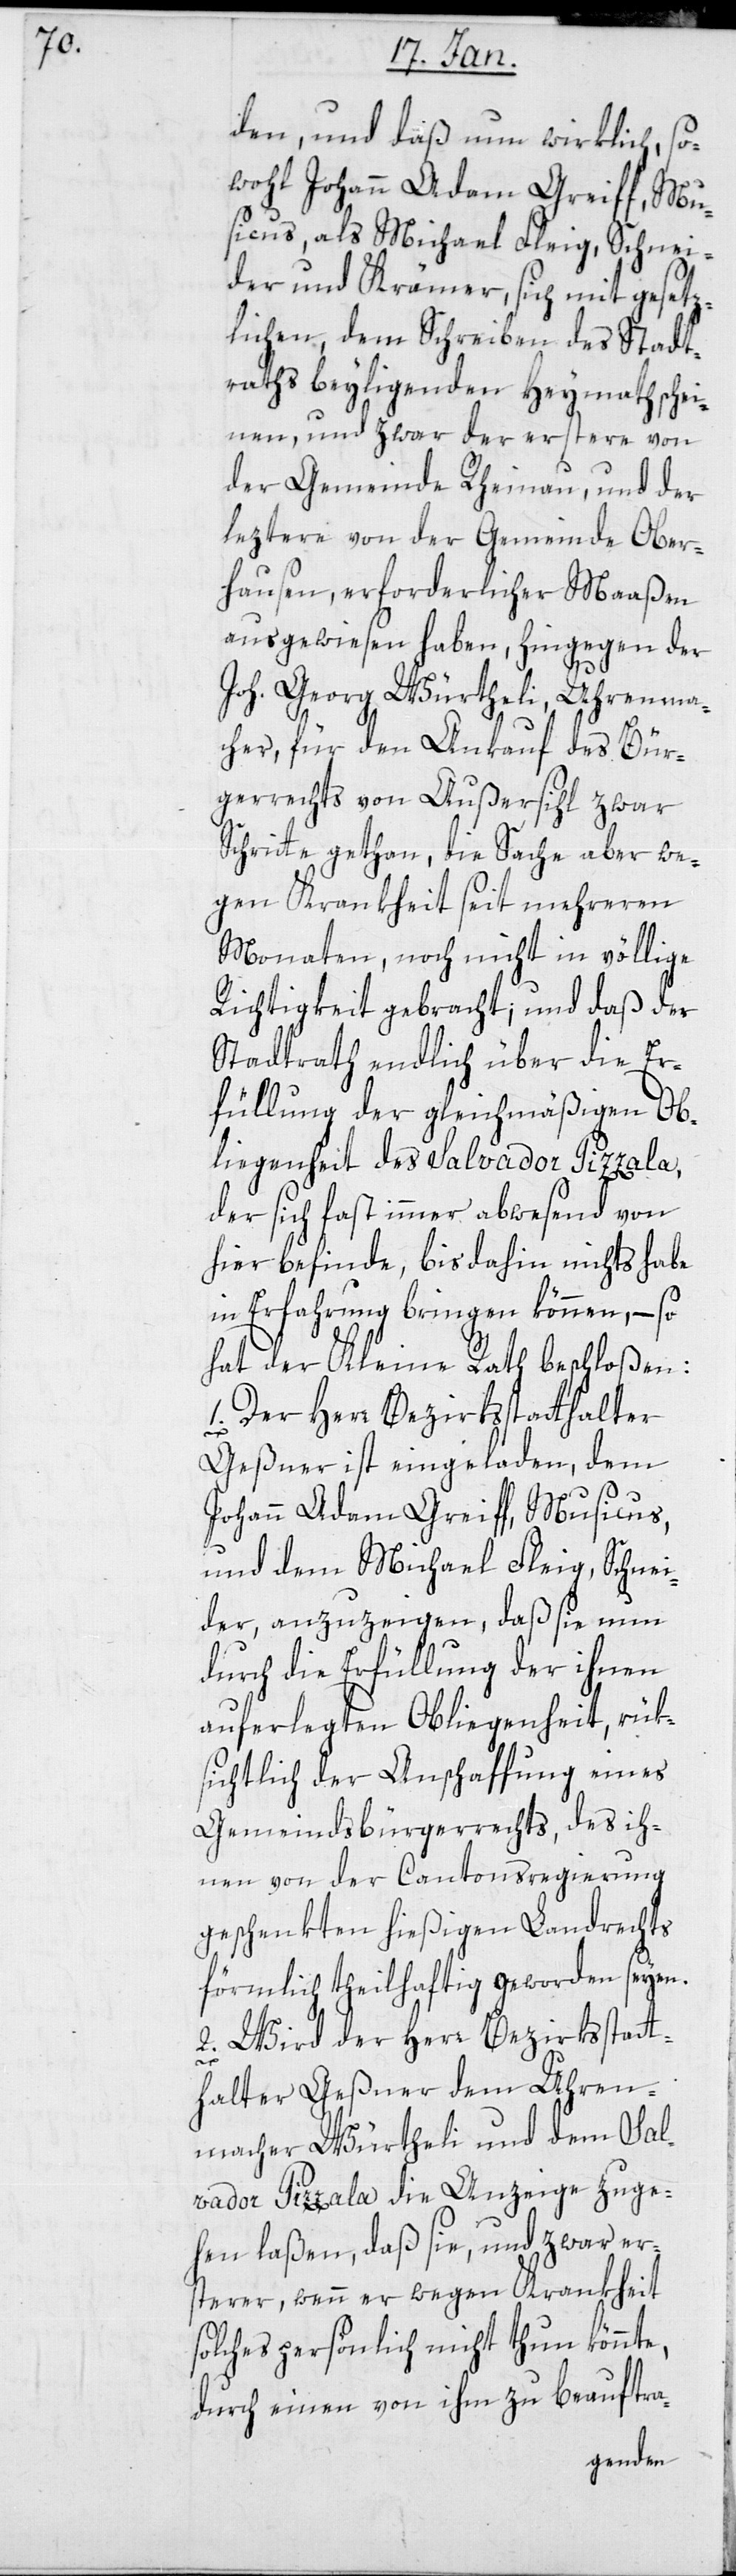
den, und daß nun wirklich, so¬
wohl Johann Adam Greiff, Mu¬
sicus, als Michael Fleig, Schnei¬
der und Krämer, sich mit gesetz¬
lichen, dem Schreiben des Stadt¬
raths beyligenden Heymathschei¬
nen, und zwar der erstere von
der Gemeinde Rheinau, und der
leztere von der Gemeinde Ober¬
hausen, erforderlicher Maaßen
ausgewiesen haben, hingegen der
Joh. Georg Würtheli, Uhrenma¬
cher, für den Ankauf des Bür¬
gerrechts von Außersihl zwar
Schritte gethan, die Sache aber we¬
gen Krankheit seit mehreren
Monaten, noch nicht in völlige
Richtigkeit gebracht; und daß der
Stadtrath endlich über die Er¬
füllung der gleichmäßigen Ob¬
liegenheit des Salvador Pizzala,
der sich fast immer abwesend von
hier befinde, bis dahin nichts habe
in Erfahrung bringen können, – so
hat der Kleine Rath beschloßen:
1. Der Herr Bezirksstatthalter
Geßner ist eingeladen, dem
Johann Adam Greiff, Musicus,
und dem Michael Fleig, Schnei¬
der, anzuzeigen, daß sie nun
durch die Erfüllung der ihnen
auferlegten Obliegenheit, rük¬
sichtlich der Anschaffung eines
Gemeindbürgerrechts, des ih¬
nen von der Cantonsregierung
geschenkten hießigen Landrechts
förmlich theilhaftig geworden seyen.
2. Wird der Herr Bezirksstatt¬
halter Geßner dem Uhren¬
macher Würtheli und dem Sal¬
vador Pizzala die Anzeige zuge¬
hen laßen, daß sie, und zwar er¬
sterer, wenn er wegen Krankheit
solches persönlich nicht thun könnte,
durch einen von ihm zu beauftra-